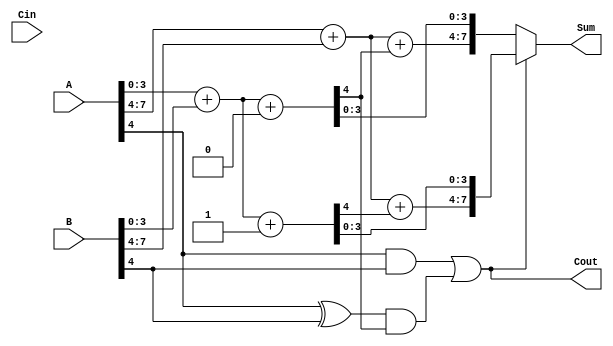
module CarrySelectAdder (
    input [7:0] A,          // First operand
    input [7:0] B,          // Second operand
    input Cin,              // Carry input
    output [7:0] Sum,       // Sum output
    output Cout             // Carry output
);

    // Intermediate signals for segment 0
    wire [3:0] S0_0, S0_1;  // Sums for segment 0 (C-in = 0 and C-in = 1)
    wire C0_0, C0_1;        // Carry outputs for segment 0
    wire P0, G0;            // Propagate and Generate for segment 0

    // Intermediate signals for segment 1
    wire [3:0] S1_0, S1_1;  // Sums for segment 1 (C-in = 0 and C-in = 1)
    wire C1_0, C1_1;        // Carry outputs for segment 1
    wire P1, G1;            // Propagate and Generate for segment 1

    // Segment 0 (A[3:0], B[3:0])
    assign {C0_0, S0_0} = A[3:0] + B[3:0] + 1'b0; // C-in = 0
    assign {C0_1, S0_1} = A[3:0] + B[3:0] + 1'b1; // C-in = 1

    // Generate and Propagate for segment 0
    assign G0 = (A[3:0] & B[3:0]);
    assign P0 = (A[3:0] ^ B[3:0]);

    // Segment 1 (A[7:4], B[7:4])
    assign {C1_0, S1_0} = A[7:4] + B[7:4] + C0_0; // C-in from segment 0
    assign {C1_1, S1_1} = A[7:4] + B[7:4] + C0_1; // C-in from segment 1

    // Generate and Propagate for segment 1
    assign G1 = (A[7:4] & B[7:4]);
    assign P1 = (A[7:4] ^ B[7:4]);

    // Final Carry out
    assign Cout = G1 | (P1 & C0_0); // Final carry out

    // MUX for final sum selection
    assign Sum = (Cout) ? {S1_1, S0_1} : {S1_0, S0_0}; // Select based on Cout

endmodule